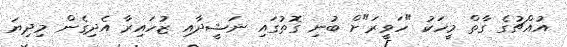
އުއްޗުގެ ގާތް މީހަކު "ހަވީރަ"ށް ބުނި ގޮތުގައި ނަޝީދާއި ޒުހައިރާ އެދިގެން މިދިޔަ